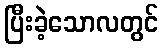
ပြီးခဲ့သောလတွင်